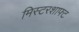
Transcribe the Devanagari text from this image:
मिस्टरशाफ्ट